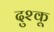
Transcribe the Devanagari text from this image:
दुश्कू